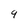
Character: 9